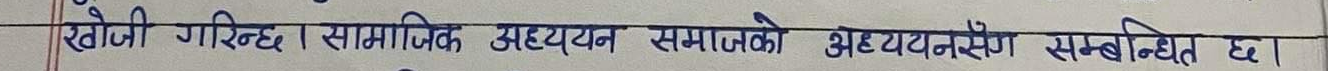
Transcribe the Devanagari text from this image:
खोजी गरिन्छ । सामाजिक अध्ययन समाजको अध्ययनसँग सम्बन्धित छ।